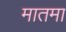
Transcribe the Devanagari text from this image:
मातमा